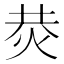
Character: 𤈈